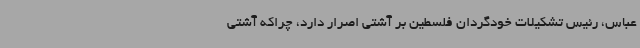
عباس، رئیس تشکیلات خودگردان فلسطین بر آشتی اصرار دارد، چراکه آشتی